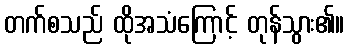
တက်စသည် ထိုအသံကြောင့် တုန်သွား၏။